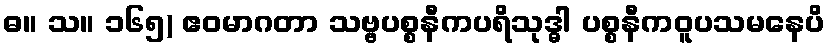
ဓ။ သ။ ၁၆၅) ဧဝမာဂတာ သဗ္ဗပစ္စနီကပရိသုဒ္ဓါ ပစ္စနီကဝူပသမနေပိ